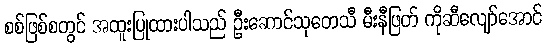
စစ်ဖြစ်စတွင် အထူးပြုထားပါသည် ဦးဆောင်သုတေသီ မီးနီဖြတ် ကိုဆီလျော်အောင်